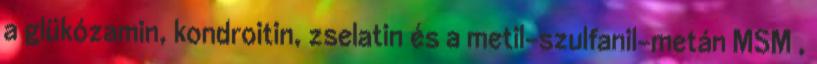
a glükózamin, kondroitin, zselatin és a metil-szulfanil-metán MSM ,